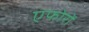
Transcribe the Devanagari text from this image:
एफोरों